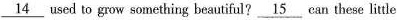
\underline{14} used to grow something beautiful?\underline{15} can these little